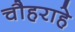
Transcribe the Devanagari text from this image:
चौहराहे